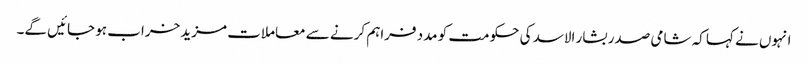
انہوں نے کہا کہ شامی صدر بشار الاسد کی حکومت کو مدد فراہم کرنے سے معاملات مزید خراب ہو جائیں گے۔